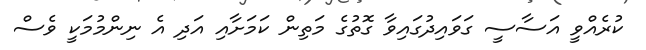
ކުރެއްވީ އަސާސީ ގަވައިދުގައިވާ ގޮތުގެ މަތިން ކަމަށާއި އަދި އެ ނިންމުމަކީ ވެސް